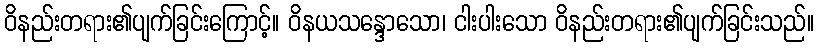
ဝိနည်းတရား၏ပျက်ခြင်းကြောင့်။ ဝိနယသန္ဒောသော၊ ငါးပါးသော ဝိနည်းတရား၏ပျက်ခြင်းသည်။